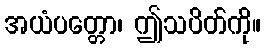
အယံပတ္တော၊ ဤသပိတ်ကို။